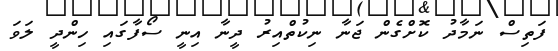
ފަތިސް ނަމާދު ކޮށްގެން ޖަނާ ނިކުތްއިރު ދީނާ އިނީ ސޯފާގައި ހިންދީ ލަވަ